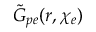
\tilde { G } _ { p e } ( r , \chi _ { e } )